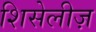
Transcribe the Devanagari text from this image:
शिसेलीज़